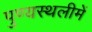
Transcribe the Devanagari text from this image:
पुण्‍यस्‍थलीमें